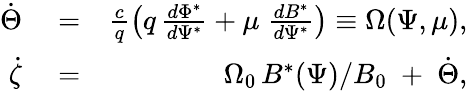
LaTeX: \begin{array}{rlr}{\dot{\Theta}}&{{}=}&{\frac{c}{q}\left(q\, \frac{d\Phi^{*}}{d\Psi^{*}}+\mu\; \frac{dB^{*}}{d\Psi^{*}}\right)\equiv\Omega(\Psi,\mu),}\\ {\dot{\zeta}}&{{}=}&{\Omega_{0}\, B^{*}(\Psi)/B_{0}\; +\; \dot{\Theta},}\end{array}